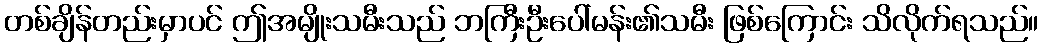
တစ်ချိန်တည်းမှာပင် ဤအမျိုးသမီးသည် ဘကြီးဦးပေါ်မန်း၏သမီး ဖြစ်ကြောင်း သိလိုက်ရသည်။